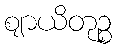
ဈာယိတုဉ္စ